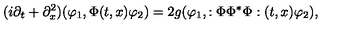
( i \partial _ { t } + \partial _ { x } ^ { 2 } ) ( \varphi _ { 1 } , \Phi ( t , x ) \varphi _ { 2 } ) = 2 g ( \varphi _ { 1 } , : \Phi \Phi ^ { * } \Phi : ( t , x ) \varphi _ { 2 } ) ,